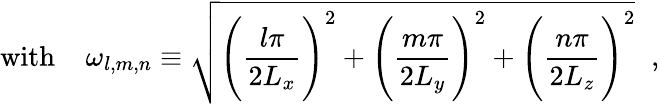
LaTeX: \mathrm{with~}\; \; \; \omega_{l,m,n}\equiv\sqrt{\Biggl(\frac{l\pi}{2L_{x}}\Biggr)^{2}+\Biggl(\frac{m\pi}{2L_{y}}\Biggr)^{2}+\Biggl(\frac{n\pi}{2L_{z}}\Biggr)^{2}}\; \; ,